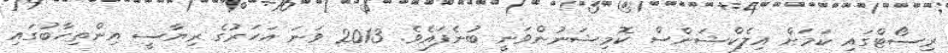
ރިސޯޓްގައި ކަމަށް އިލެކްޝަންސް ކޮމިޝަނުންވަނީ ބުނެފައެވެ. 2013 ވަނަ އަހަރުގެ ރިޔާސީ އިންތިހާބުގައި